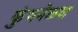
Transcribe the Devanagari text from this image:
कुंभमेळ्या